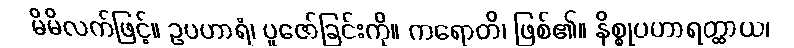
မိမိလက်ဖြင့်။ ဥပဟာရံ၊ ပူဇော်ခြင်းကို။ ကရောတိ၊ ဖြစ်၏။ နိစ္စုပဟာရတ္ထာယ၊